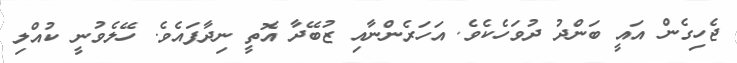
ޖެހިގެން އައީ ބަންދު ދުވަހެކެވެ. އަހަރެންނާއި ޒުބޭދާ އޮތީ ނިދާފައެވެ. ހޭލެވުނީ ކުއްލި